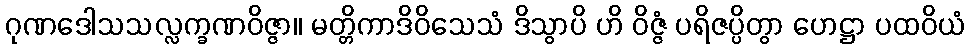
ဂုဏဒေါသသလ္လက္ခဏဝိဇ္ဇာ။ မတ္တိကာဒိဝိသေသံ ဒိသွာပိ ဟိ ဝိဇ္ဇံ ပရိဇပ္ပိတွာ ဟေဋ္ဌာ ပထဝိယံ